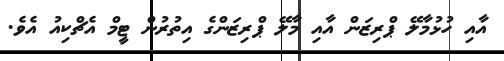
އާއި ހުޅުމާލޭ ޕްރިޒަން އާއި މާލޭ ޕްރިޒަންގެ އިތުރުން ޓީމް އެޗްކިއު އެވެ.